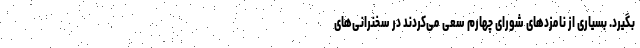
بگیرد. بسیاری از نامزدهای شورای چهارم سعی می‌کردند در سخنرانی‌های